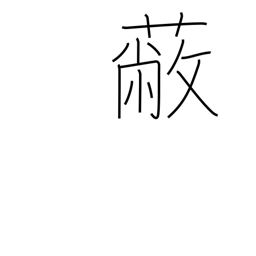
Meaning: be ruined